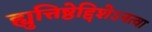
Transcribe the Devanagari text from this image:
ह्युत्तिष्ठेद्दिशेऽनत्वा